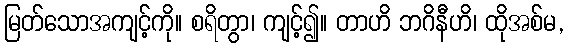
မြတ်သောအကျင့်ကို။ စရိတွာ၊ ကျင့်၍။ တာဟိ ဘဂိနီဟိ၊ ထိုအစ်မ,